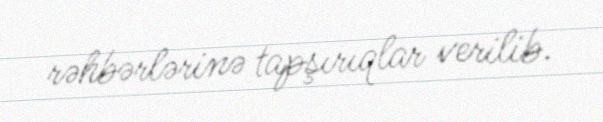
rəhbərlərinə tapşırıqlar verilib.